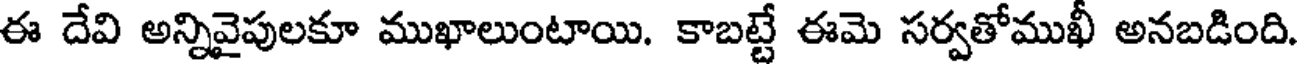
ఈ దేవి అన్నివైపులకూ ముఖాలుంటాయి. కాబట్టే ఈమె సర్వతోముఖీ అనబడింది